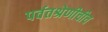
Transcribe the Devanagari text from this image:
पर्वतश्रेणीचीच